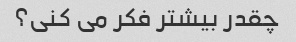
چقدر بیشتر فکر می کنی؟